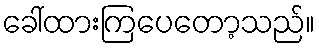
ခေါ်ထားကြပေတော့သည်။